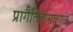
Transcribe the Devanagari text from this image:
प्रागैतिहासकाल